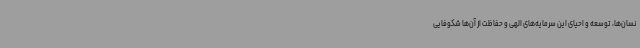
نسان‌ها، توسعه و احیای این سرمایه‌های الهی و حفاظت از آن‌ها شکوفایی